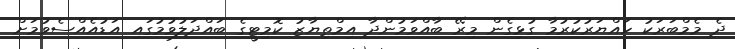
ދެ މެމްބަރަކު ހައްޔަރުކުރުމާ ގުޅިގެން މިރޭ ބާއްވަމުންދާ އިމްތިޔާޒު ކޮމިޓީގެ ބައްދަލުވުމުގައި އަޑުއެއްސެވުމަށް